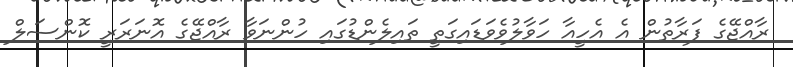
ރާއްޖޭގެ ފަރާތުން އެ އެހީއާ ހަވާލުވެވަޑައިގަތީ ތައިލެންޑުގައި ހުންނަވާ ރާއްޖޭގެ އޮނަރަރީ ކޮންސަލް